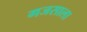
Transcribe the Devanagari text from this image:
गजसाला